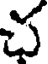
చ